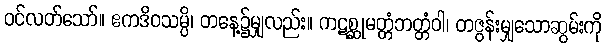
ဝင်လတ်သော်။ ဧကဒိဝသမ္ပိ၊ တနေ့၌မျှလည်း။ ကဋစ္ဆုမတ္တံဘတ္တံဝါ၊ တဇွန်းမျှသောဆွမ်းကို